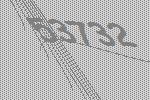
53732